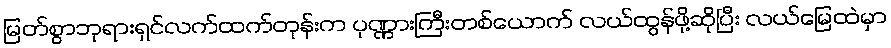
မြတ်စွာဘုရားရှင်လက်ထက်တုန်းက ပုဏ္ဏားကြီးတစ်ယောက် လယ်ထွန်ဖို့ဆိုပြီး လယ်မြေထဲမှာ